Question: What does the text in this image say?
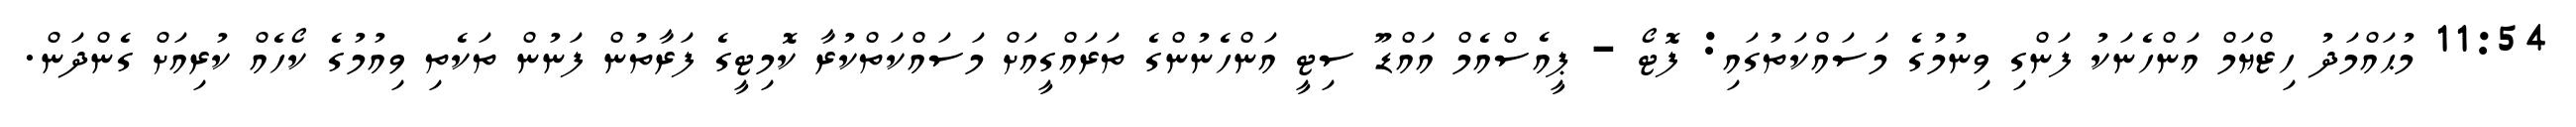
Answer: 11:54 މުޙައްމަދު ހިޒްޔަމް އަންހެނަކު ފަންގި ވިނުމުގެ މަސައްކަތުގައި: ފޮޓޯ - ޕީއެސްއެމް އައްޑޫ ސިޓީ އަންހެނުންގެ ތަރައްގީއަށް މަސައްކަތްކުރާ ކޮމިޓީގެ ފަރާތުން ފަނުން ތަކެތި ވިއުމުގެ ކޯހެއް ކުރިއަށް ގެންދަން.